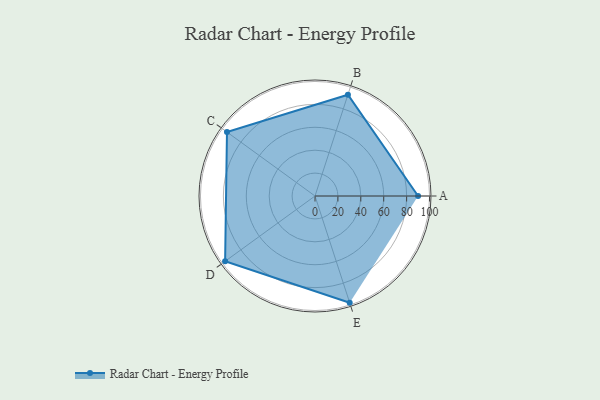
{"axis": {"x": "Skill", "y": "Score"}, "legend": ["Profile"], "data": [{"x": "A", "y": 90.0, "type": "Profile"}, {"x": "B", "y": 93.0, "type": "Profile"}, {"x": "C", "y": 95.0, "type": "Profile"}, {"x": "D", "y": 97.0, "type": "Profile"}, {"x": "E", "y": 98.0, "type": "Profile"}]}